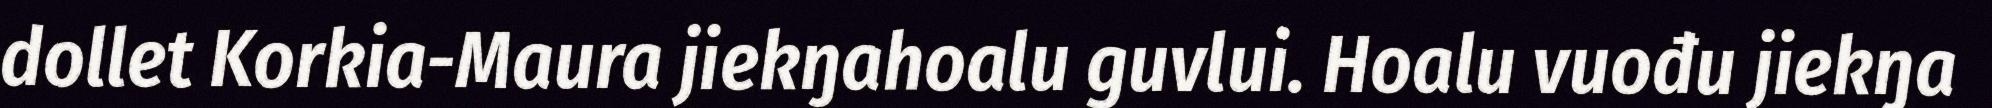
dollet Korkia-Maura jiekŋahoalu guvlui. Hoalu vuođu jiekŋa